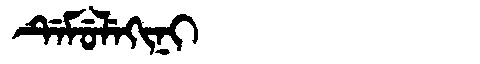
Manchu: ᡩᡝᠮᡠᠯᡝᡴᡳᠨᡳ
Romanization: DEMULEKINI